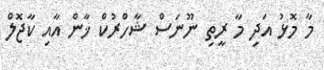
މާ މޮޅު އަދި މާ ރީތި ނޫނަސް ޝާހްރުކް ޚާން އާއި ކާޖޮލް